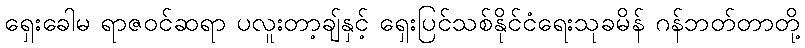
ရှေးခေါမ ရာဇဝင်ဆရာ ပလူးတာ့ချ်နှင့် ရှေးပြင်သစ်နိုင်ငံရေးသုခမိန် ဂန်ဘတ်တာတို့